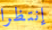
إنتظرا